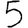
Digit: 5